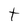
Character: t